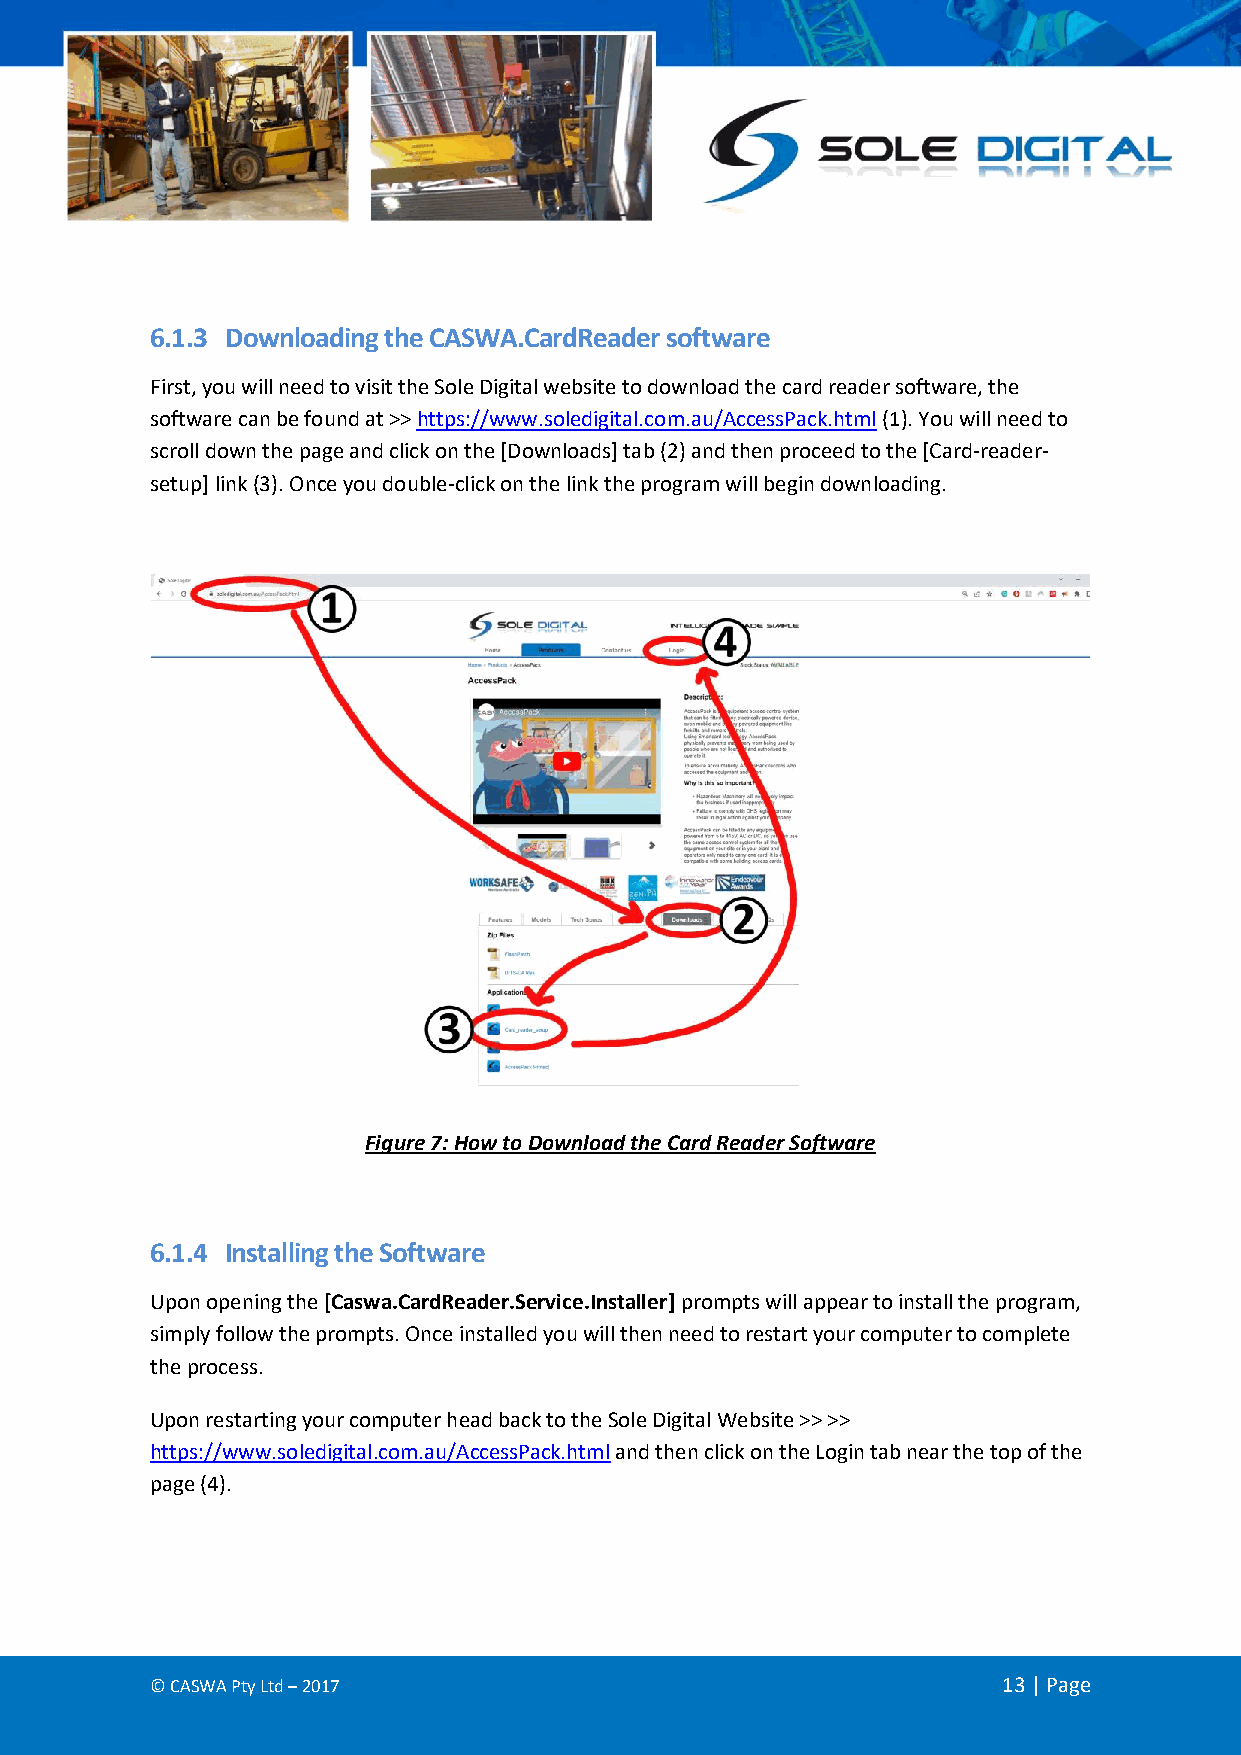
6.1.3 Downloading the CASWA.CardReader software
 First, you will need to visit the Sole Digital website to download the card reader software, the
 software can be found at >> https://www.soledigital.com.au/AccessPack.html (1). You will need to
 scroll down the page and click on the [Downloads] tab (2) and then proceed to the [Card-reader-
 setup] link (3). Once you double-click on the link the program will begin downloading.
 Figure 7: How to Download the Card Reader Software
 6.1.4 Installing the Software
 Upon opening the [Caswa.CardReader.Service.Installer] prompts will appear to install the program,
 simply follow the prompts. Once installed you will then need to restart your computer to complete
 the process.
 Upon restarting your computer head back to the Sole Digital Website >> >>
 https://www.soledigital.com.au/AccessPack.html and then click on the Login tab near the top of the
 page (4).
 © CASWA Pty Ltd – 2017                                  13 | Page